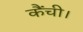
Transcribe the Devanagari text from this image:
कैंची।